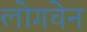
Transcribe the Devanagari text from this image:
लोगचेन